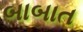
બાબાત